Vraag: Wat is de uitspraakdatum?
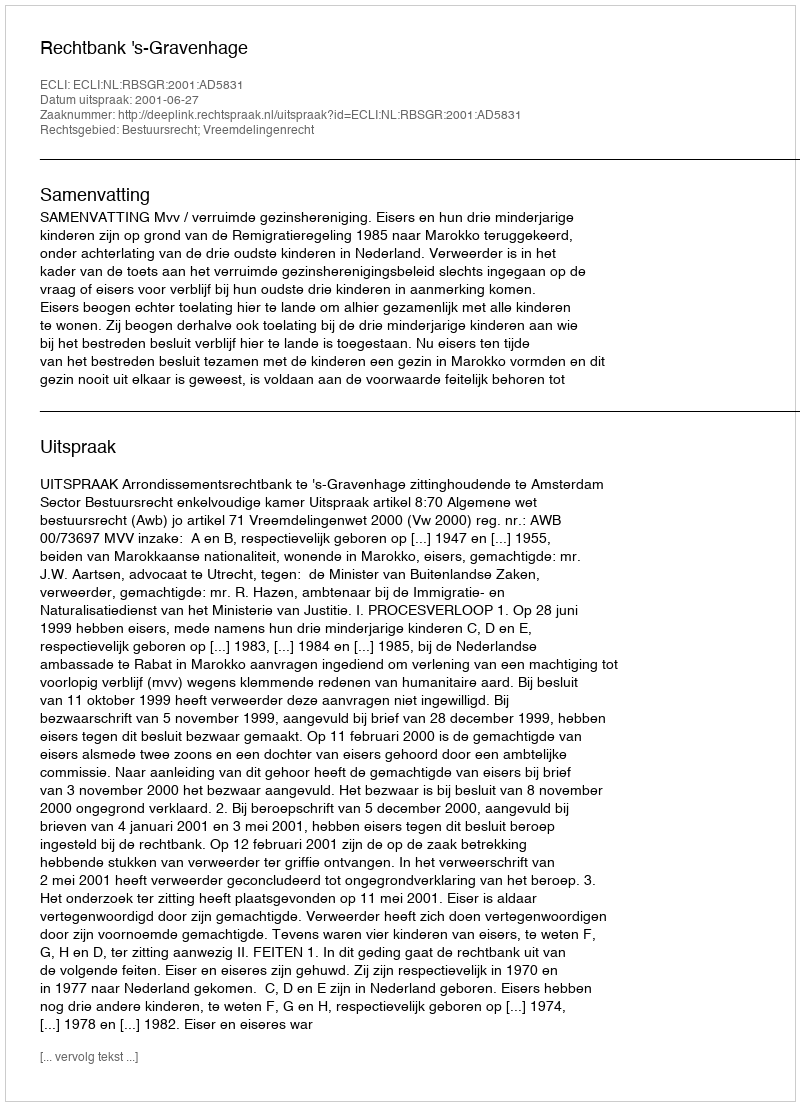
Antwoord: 2001-06-27